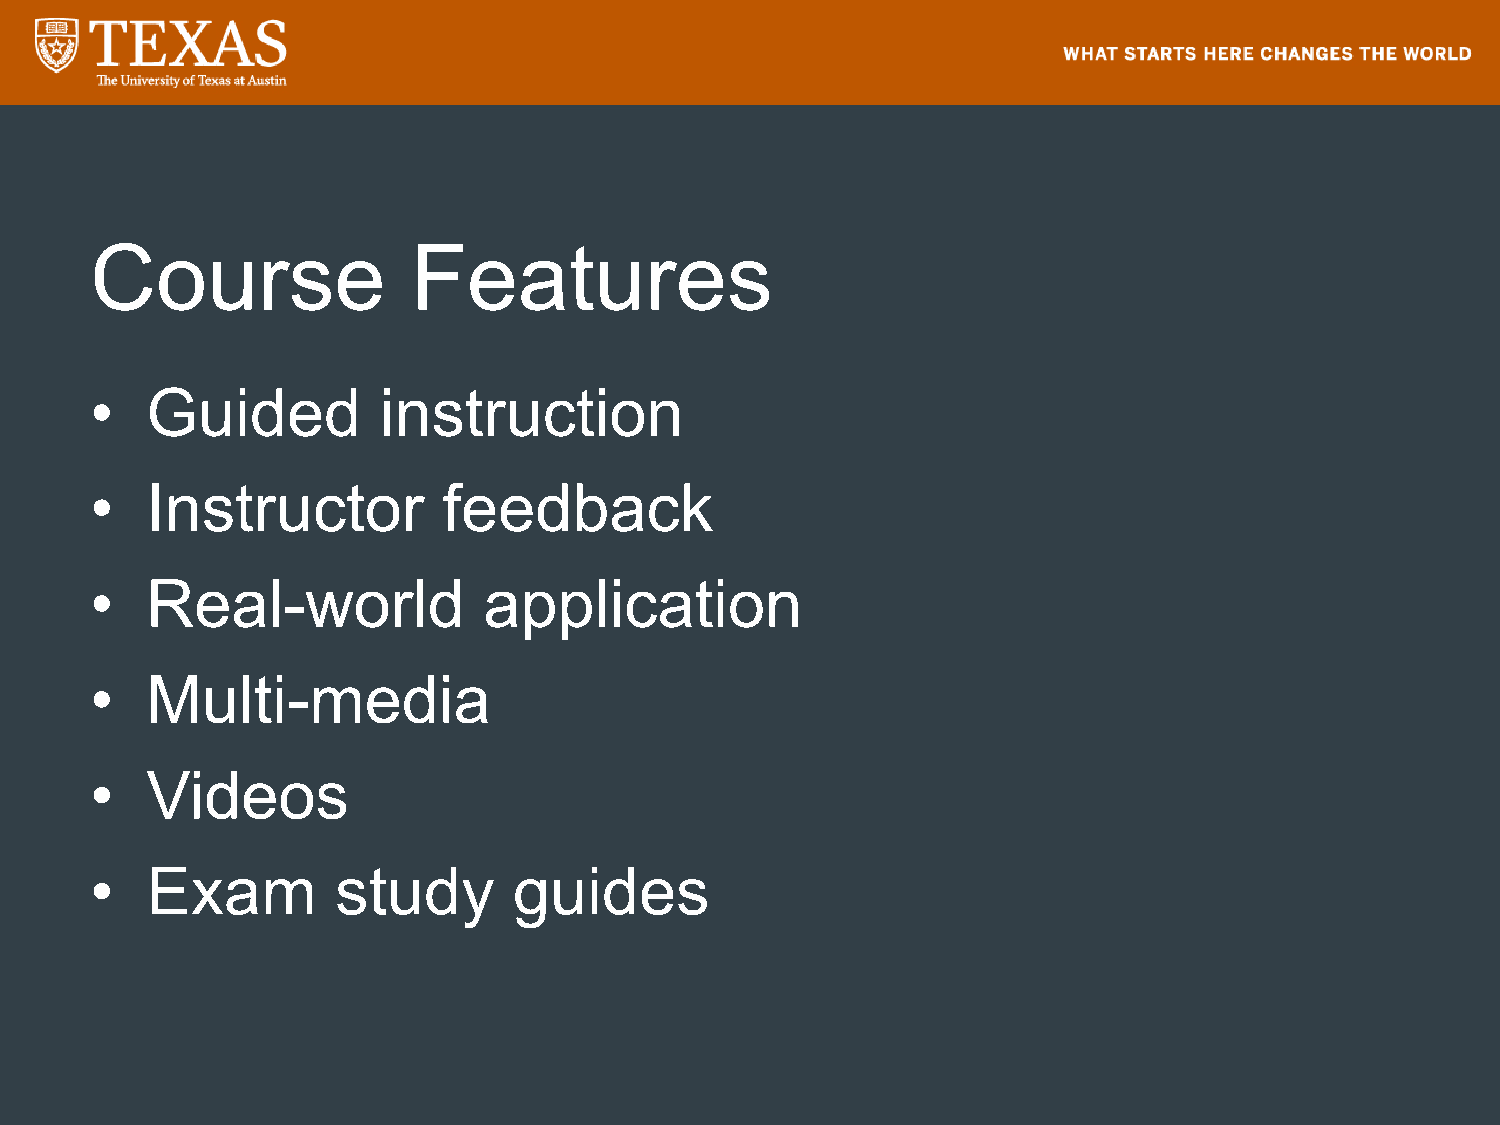
Course               Features
 •   Guided         instruction
 •   Instructor         feedback
 •   Real-world            application
 •   Multi-media
 •   Videos
 •   Exam        study       guides